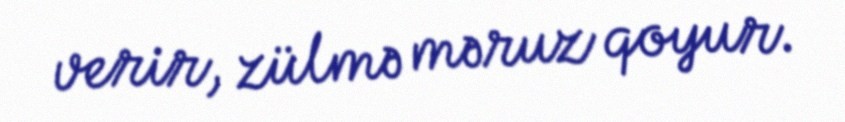
verir, zülmə məruz qoyur.